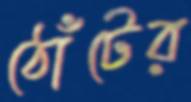
ঠোঁটের